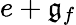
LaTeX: e+{\mathfrak{g}}_{f}